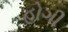
હોગી